Newspaper: The Portland daily press. [volume]
Place of publication: Portland, Me.
Publisher: N.A. Foster & Co.
Date: 1880-08-27 00:00:00
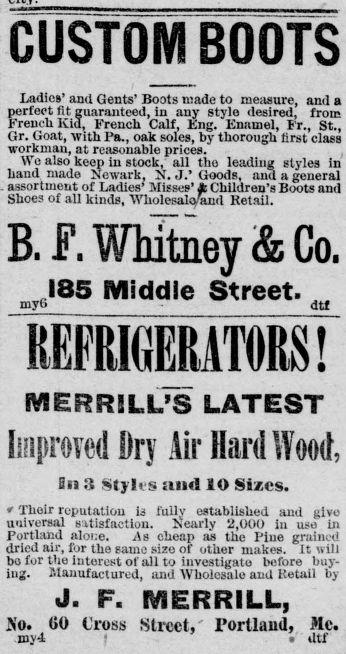
Advertisement text (OCR):
GUSTOMBOOTS Ladies’ ami Gents’ Boots made to metisure, and a perfect fit guaranteed, in any style desired, from French Kid, French Calf, Eng. Enamel, Fr., St., Gr. Goat, with Pa., oak soles, by thorough first class workman, at reasonable prices. We also keep in stock, all tho leading styles in hand made Newark, N. J.* Goods, and a general assortment of Ladies’ Misses’ & Children’s Boots and Shoes of all kinds, Wholesalq/aml Retail. B. F. Whitney & Co. .185 Middle Street. myfa dtf iiimmlsi MERRILL’S LATEST Improved Dry Air Hard Wood, Bn 3 Styles and SO Sizes. * Their reputation is fully established and give universal satisfaction. Nearly ‘2,000 in use in Portland alone. As cheap as the Pine grained dried air, for the same size of other makes, it will be for the interest of all to investigate before buy ing. Manufactured, and Wholesale and Retail by J. F. MERRILL, -No. GO Cross Street, Portland, Me. my4 • dtf
Label: text-only